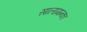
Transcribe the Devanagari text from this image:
सालामन्का